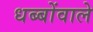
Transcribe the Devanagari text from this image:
धब्बोंवाले